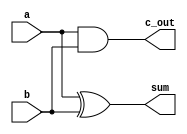
module HA (sum, c_out, a, b);
  output 			sum, c_out;
  input 			a, b;
 
  xor 			M1 (sum, a, b);  
  and 			M2 (c_out, a, b);
endmodule